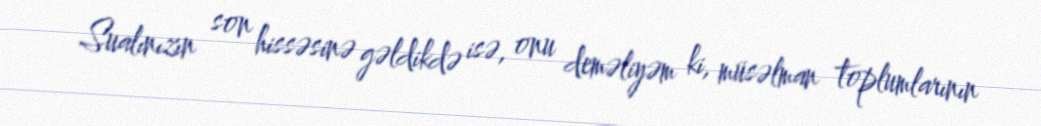
Sualınızın son hissəsinə gəldikdə isə, onu deməliyəm ki, müsəlman toplumlarının